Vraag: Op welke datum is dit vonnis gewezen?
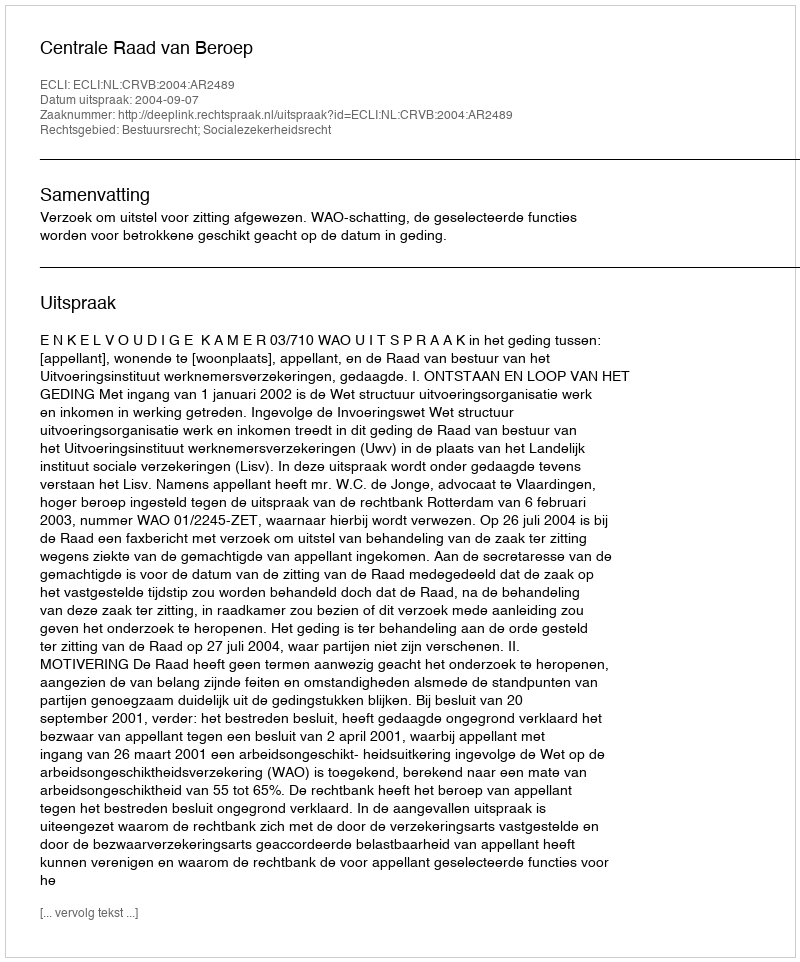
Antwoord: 2004-09-07